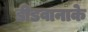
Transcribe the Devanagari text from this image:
डीडवानाके